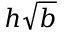
h \sqrt { b }